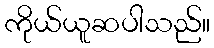
ကိုယ်ယူဆပါသည်။